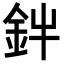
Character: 𮡩